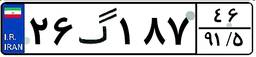
۶۷گ۳۴۸۴۲